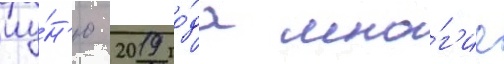
иу́н'ю 2019 го́да мно́г'ие